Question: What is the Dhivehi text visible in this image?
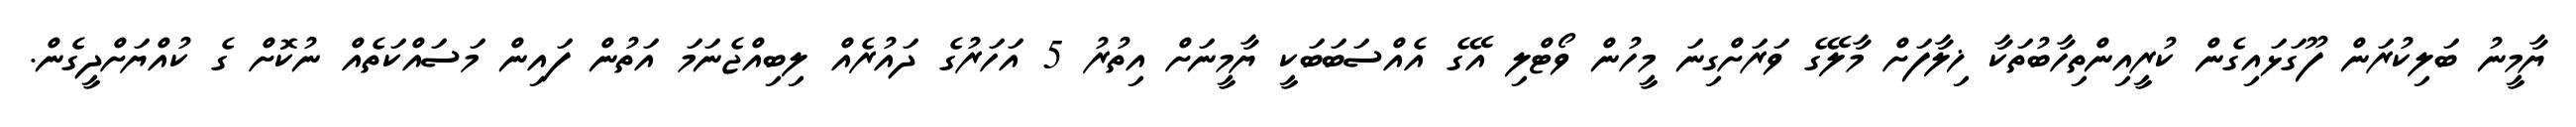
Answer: ޔާމީނު ބަލިކުރަން ފޫގަޅައިގެން ކުރީއިންތިހާބުތަކާ ޚިލާފަށް މާލޭގެ ވަރަށްގިނަ މީހުން ވޯޓްލި އޭގެ އެއްސަބަބަކީ ޔާމީނަށް އިތުރު 5 އަހަރުގެ ދައުރެއް ލިބިއްޖެނަމަ އަތުން ފައިން މަސައްކަތެއް ނުކޮށް ގެ ކުއްޔަށްދީގެން.